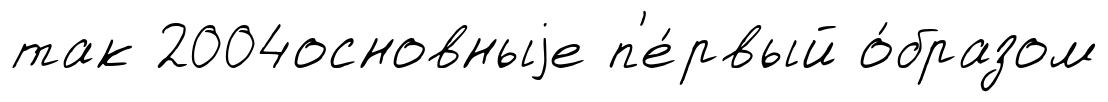
так 2004основныjе п'е́рвый о́бразом